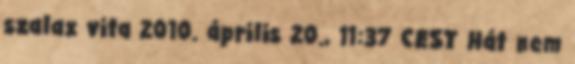
szalax vita 2010. április 20., 11:37 CEST Hát nem